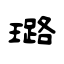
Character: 璐